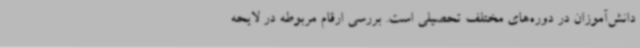
دانش‌آموزان در دوره‌های مختلف تحصیلی است. بررسی ارقام مربوطه در لایحه